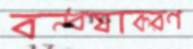
বন্ধ্যাকরণ